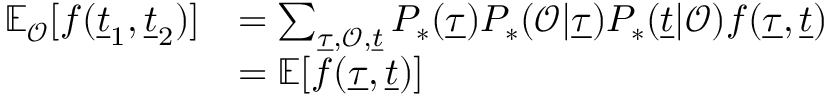
\begin{array} { r } { \begin{array} { r l } { \mathbb { E } _ { \mathcal { O } } [ f ( \underline { { t } } _ { 1 } , \underline { { t } } _ { 2 } ) ] } & { = \sum _ { \underline { { \tau } } , \mathcal { O } , \underline { { t } } } P _ { * } ( \underline { { \tau } } ) P _ { * } ( \mathcal { O } | \underline { { \tau } } ) P _ { * } ( \underline { { t } } | \mathcal { O } ) f ( \underline { { \tau } } , \underline { { t } } ) } \\ & { = \mathbb { E } [ f ( \underline { { \tau } } , \underline { { t } } ) ] } \end{array} } \end{array}